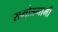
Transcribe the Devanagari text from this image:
सगोत्रगामी